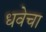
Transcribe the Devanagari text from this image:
धवेचा